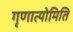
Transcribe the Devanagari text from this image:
गृणात्योमिति